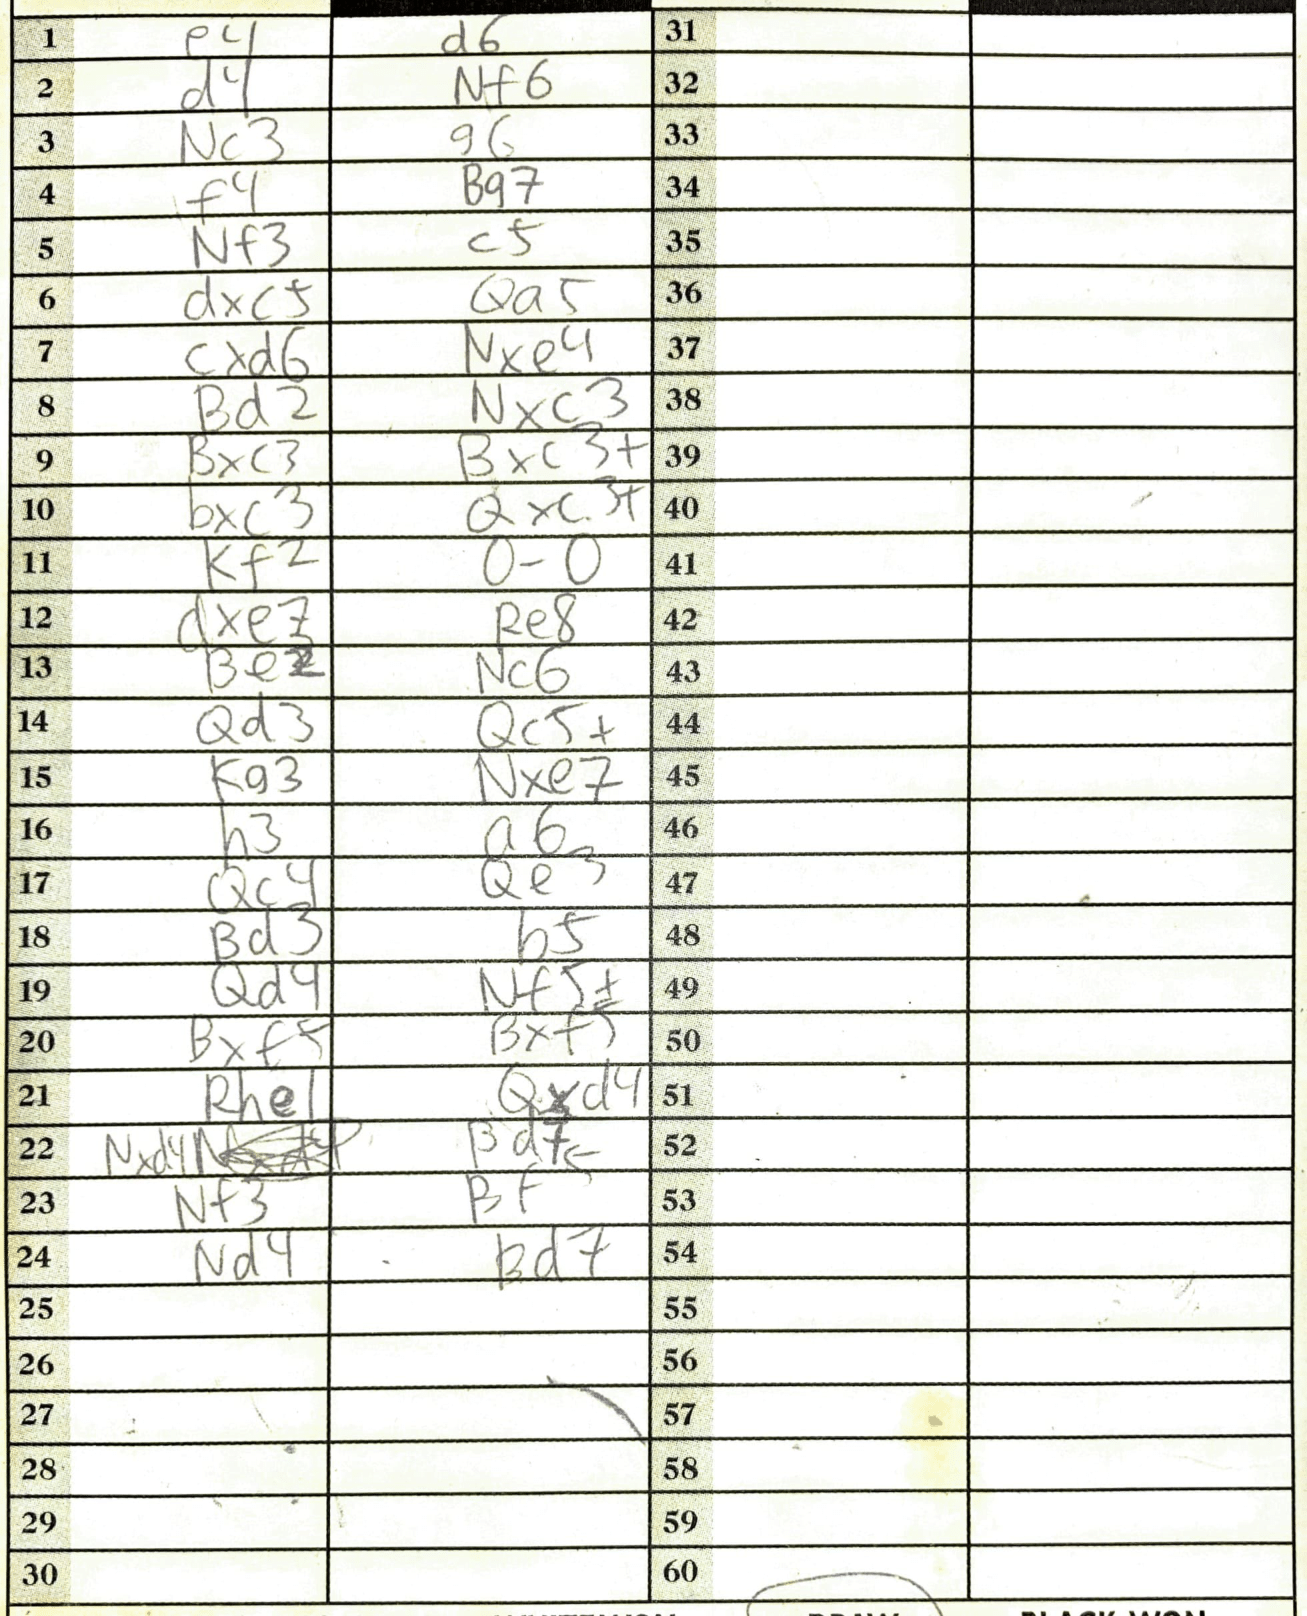
Moves: e4 d6 d4 Nf6 Nc3 g6 f4 Bg7 Nf3 c5 dxc5 Qa5 cxd6 Nxe4 Bd2 Nxc3 Bxc3 Bxc3+ bxc3 Qxc3+ Kf2 O-O dxe7 Re8 Be2 Nc6 Qd3 Qc5+ Kg3 Nxe7 h3 a6 Qc4 Qe3 Bd3 b5 Qd4 Nf5+ Bxf5 Bxf5 Rhe1 Qxd4 Nxd4 Bd7 Nf3 Bf5 Nd4 Bd7